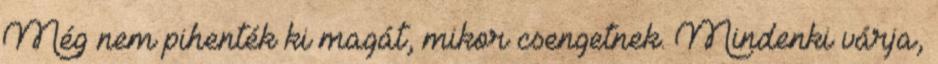
Még nem pihenték ki magát, mikor csengetnek. Mindenki várja,